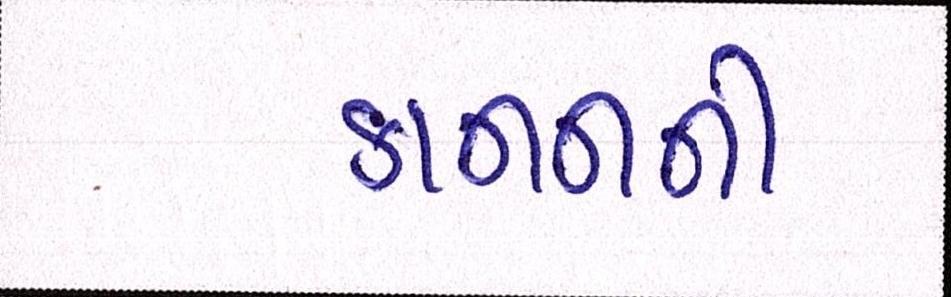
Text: કાનનની